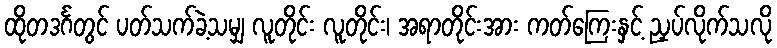
ထိုတဒင်္ဂတွင် ပတ်သက်ခဲ့သမျှ လူတိုင်း လူတိုင်း၊ အရာတိုင်းအား ကတ်ကြေးနှင့် ညှပ်လိုက်သလို